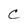
Character: C